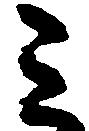
ミ